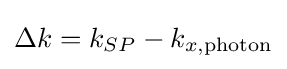
\Delta k=k_{SP}-k_{x,{\text{photon}}}